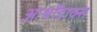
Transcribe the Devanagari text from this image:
आर्थोडाक्स